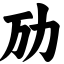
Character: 劢